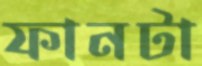
ফানটা